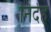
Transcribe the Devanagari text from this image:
निर्देह